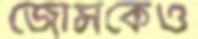
জোন্সকেও